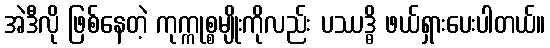
အဲဒီလို ဖြစ်နေတဲ့ ကုက္ကုစ္စမျိုးကိုလည်း ပဿဒ္ဓိ ဖယ်ရှားပေးပါတယ်။